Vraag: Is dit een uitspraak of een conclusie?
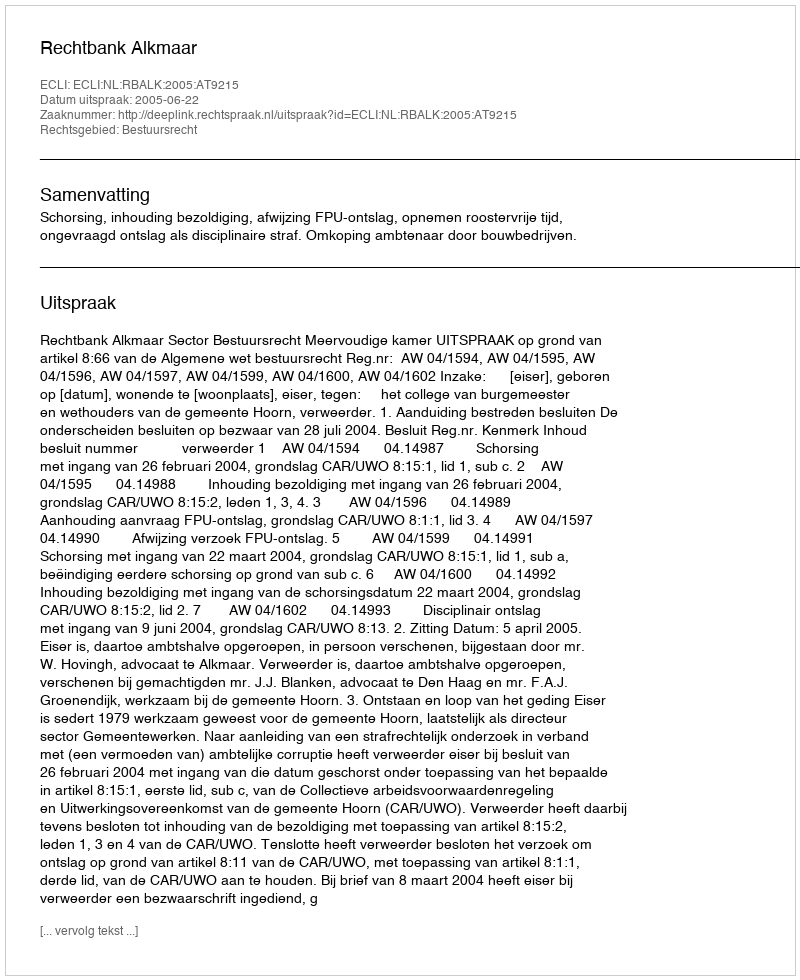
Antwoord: Uitspraak